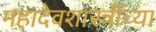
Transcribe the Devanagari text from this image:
महादेवशास्त्रींच्या